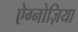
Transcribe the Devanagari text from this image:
ऐग्नोज़िया